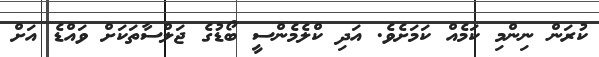
ކުރަން ނިންމި ކަމެއް ކަމަށެވެ. އަދި ކްލެމެންސީ ބޯޑުގެ ޖަލްސާތަކަށް ވައްޑެ އަށް